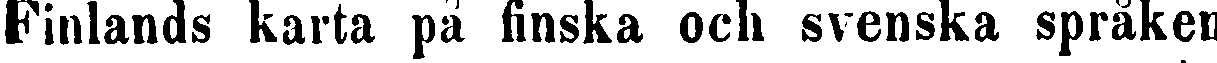
Finlands karta på finska och svenska språken